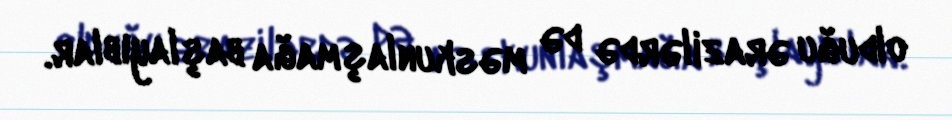
olduğu ərazilərdə də məskunlaşmağa başlayıblar.